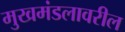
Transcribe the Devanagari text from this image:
मुखमंडलावरील